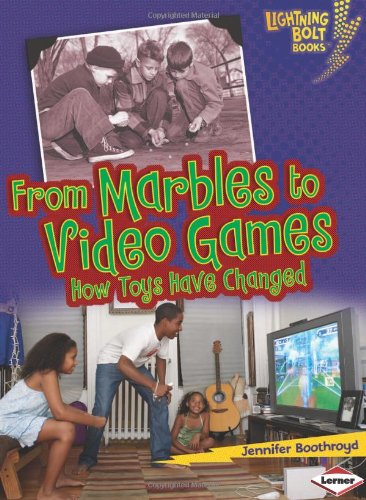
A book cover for From Marbles to Video Games: How Toys Have Changed (Lightning Bolt Books Comparing Past and Present); Jennifer Boothroyd; Crafts, Hobbies & Home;